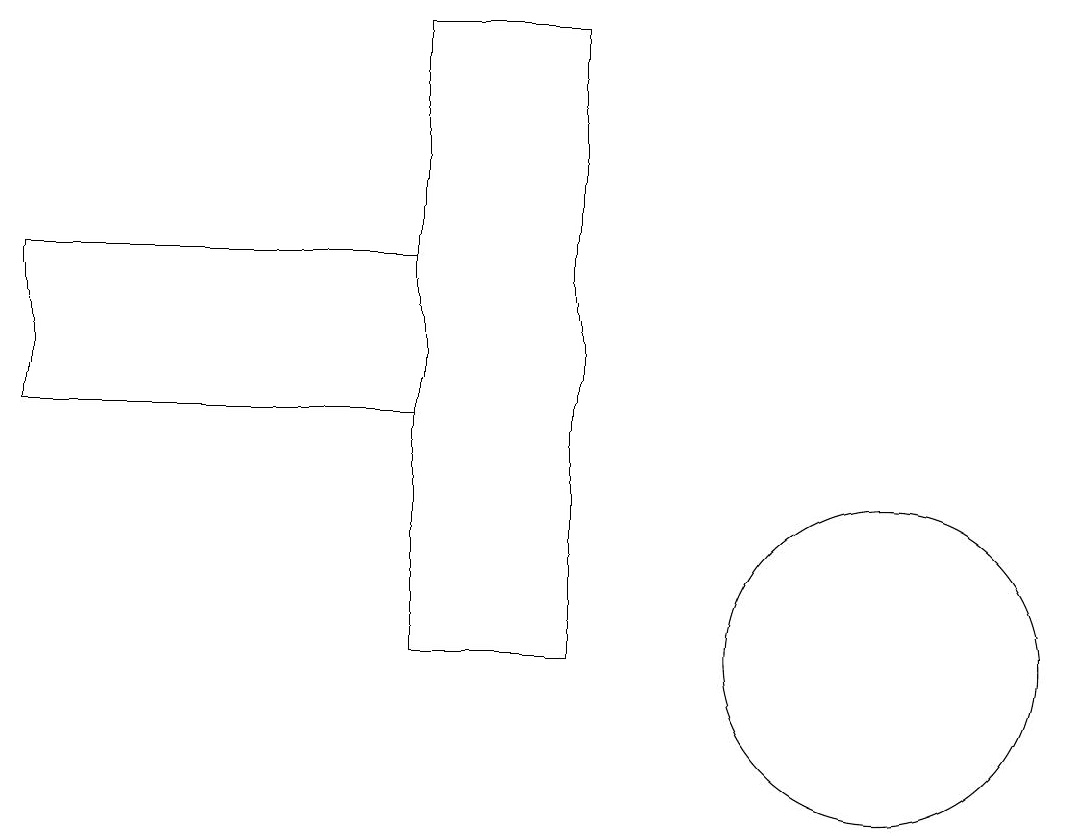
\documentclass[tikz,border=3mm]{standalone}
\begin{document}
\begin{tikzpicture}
\draw (6,19) rectangle (8,11);
\draw (12,11) circle (2);
\draw (1,16) rectangle (6,14);
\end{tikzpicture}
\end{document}